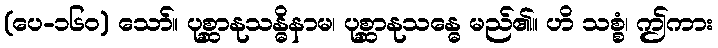
(ပေ-၁၆၀) သော်။ ပုစ္ဆာနုသန္ဓိနာမ၊ ပုစ္ဆာနုသန္ဓေ မည်၏။ ဟိ သစ္စံ၊ ဤကား